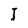
Character: I